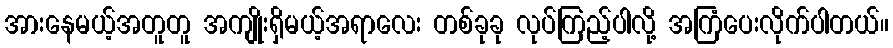
အားနေမယ့်အတူတူ အကျိုးရှိမယ့်အရာလေး တစ်ခုခု လုပ်ကြည့်ပါလို့ အကြံပေးလိုက်ပါတယ်။